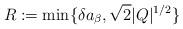
LaTeX: \begin{align*}R:= \min\{\delta a_{\beta},\sqrt{2}|Q|^{1/2}\}\end{align*}